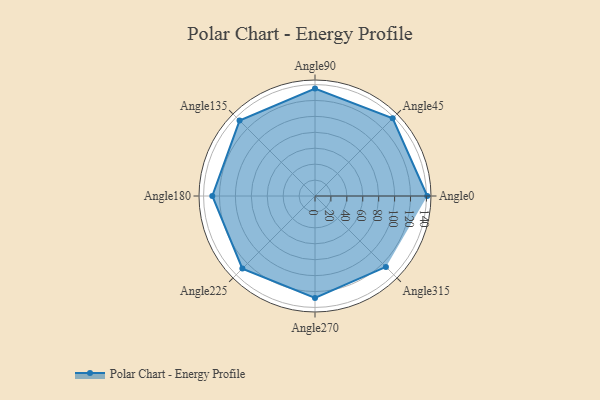
{"axis": {"x": "Angle", "y": "Radius"}, "legend": [""], "data": [{"x": "Angle0", "y": 141.0, "type": ""}, {"x": "Angle45", "y": 138.0, "type": ""}, {"x": "Angle90", "y": 135.0, "type": ""}, {"x": "Angle135", "y": 134.0, "type": ""}, {"x": "Angle180", "y": 129.0, "type": ""}, {"x": "Angle225", "y": 129.0, "type": ""}, {"x": "Angle270", "y": 128.0, "type": ""}, {"x": "Angle315", "y": 126.0, "type": ""}]}